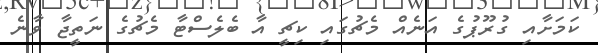
ކަމަށާއި ގުރޫޕުގެ އަނެއް މެޗުގައި ކިޗީ އާ ބެލެސްޓާ މެޗުގެ ނަތީޖާ ވާނެ